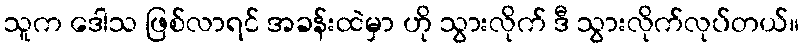
သူက ဒေါသ ဖြစ်လာရင် အခန်းထဲမှာ ဟို သွားလိုက် ဒီ သွားလိုက်လုပ်တယ်။